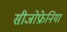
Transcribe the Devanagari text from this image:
सीजोफ्रेनिया